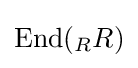
\mathrm {End} ({}_{R}R)